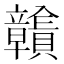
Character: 𧹉